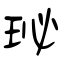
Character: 珌